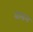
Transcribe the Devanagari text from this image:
बासम